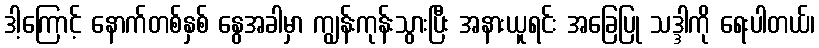
ဒါ့ကြောင့် နောက်တစ်နှစ် နွေအခါမှာ ကျွန်းကုန်းသွားပြီး အနားယူရင်း အခြေပြု သဒ္ဒါကို ရေးပါတယ်၊